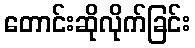
တောင်းဆိုလိုက်ခြင်း